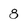
Character: 8